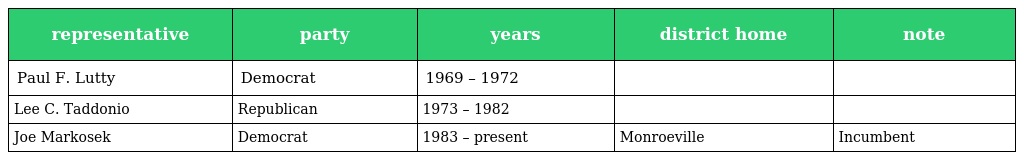
| representative | party | years | district home | note |
 | --- | --- | --- | --- | --- |
 | Paul F. Lutty | Democrat | 1969 – 1972 |  |  |
 | Lee C. Taddonio | Republican | 1973 – 1982 |  |  |
 | Joe Markosek | Democrat | 1983 – present | Monroeville | Incumbent |